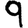
Digit: 9